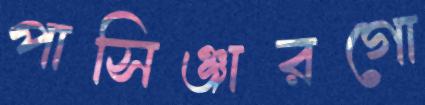
পাসিঞ্জারগো